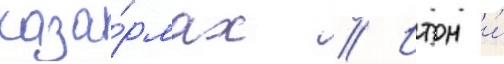
каза́рмах // Итон и́